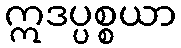
ဣဒပ္ပစ္စယာ